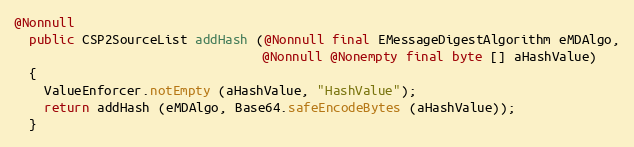
Language: Java
@Nonnull
  public CSP2SourceList addHash (@Nonnull final EMessageDigestAlgorithm eMDAlgo,
                                 @Nonnull @Nonempty final byte [] aHashValue)
  {
    ValueEnforcer.notEmpty (aHashValue, "HashValue");
    return addHash (eMDAlgo, Base64.safeEncodeBytes (aHashValue));
  }